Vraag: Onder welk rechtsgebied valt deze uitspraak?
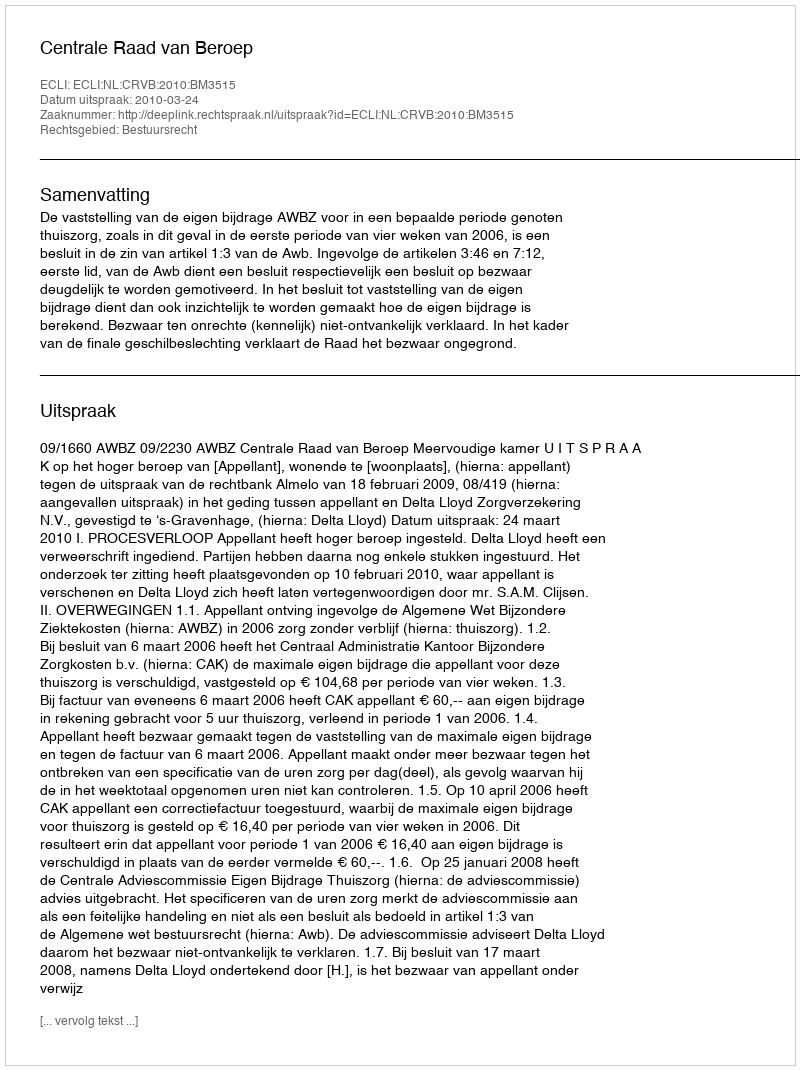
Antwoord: Bestuursrecht